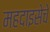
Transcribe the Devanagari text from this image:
महदाइसेचे